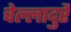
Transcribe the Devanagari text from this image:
चेल्लादुरै